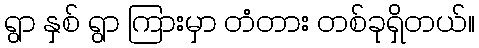
ရွာ နှစ် ရွာ ကြားမှာ တံတား တစ်ခုရှိတယ်။